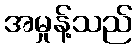
အမှုန့်သည်